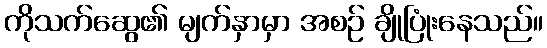
ကိုသက်ဆွေ၏ မျက်နှာမှာ အစဉ် ချိုပြုံးနေသည်။